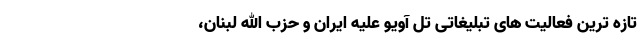
تازه ترین فعالیت های تبلیغاتی تل آویو علیه ایران و حزب الله لبنان،